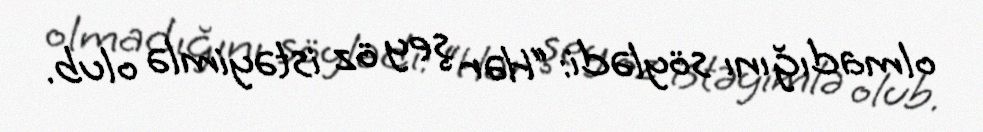
olmadığını söylədi: “Hər şey öz istəyimlə olub.